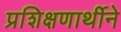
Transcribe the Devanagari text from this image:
प्रशिक्षणार्थीने